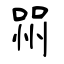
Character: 喌